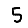
Digit: 5